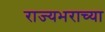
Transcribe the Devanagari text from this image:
राज्यभराच्या